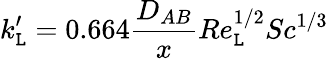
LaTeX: k_{\mathtt{L}}^{\prime}=0.664{\frac{{D_{AB}}}{{x}}}Re_{\mathtt{L}}^{1/2}Sc^{1/3}